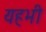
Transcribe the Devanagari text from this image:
यहभी